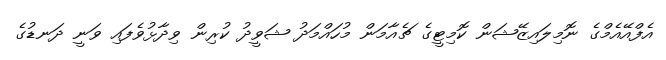
އެފްއޭއެމްގެ ނޮމިލައިޒޭޝަން ކޮމިޓީގެ ޗެއާމަން މުހައްމަދު ޝަވީދު ކުރިން ވިދާޅުވެފައި ވަނީ ދަނޑުގެ